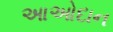
આઓદાન